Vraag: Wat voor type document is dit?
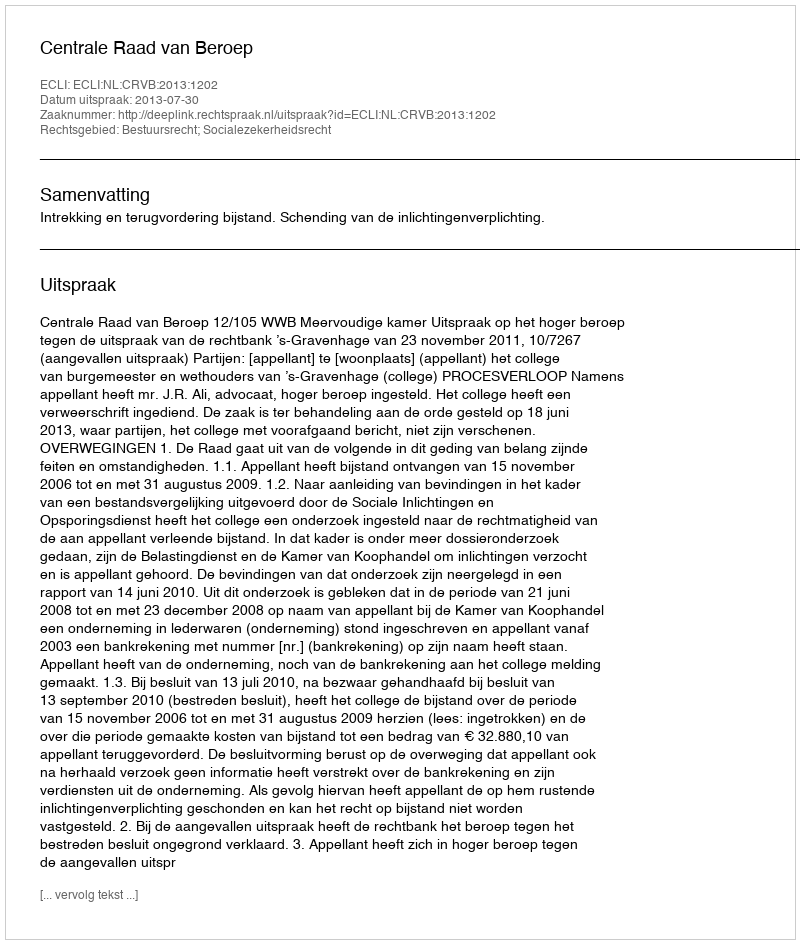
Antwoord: Uitspraak